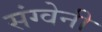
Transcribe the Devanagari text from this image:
संग्वेनी